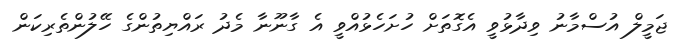
ޖަމީލް އުސްމާނު ވިދާޅުވީ އެގޮތަށް ހުށަހެޅުއްވީ އެ ގާނޫނާ މެދު ރައްޔިތުންގެ ހޭލުންތެރިކަން